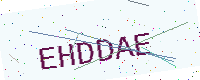
Text: EHDDAE